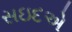
સઇદએ